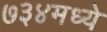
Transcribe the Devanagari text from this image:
७३४मध्ये